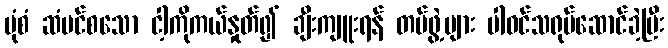
ပုံစံ ဆံပင်စသော ငါ့ကိုကယ်နှုတ်၍ ချီးကျူးရန် တပ်ဖွဲ့များ ပါဝင်သရုပ်ဆောင်ခဲ့ပြီး